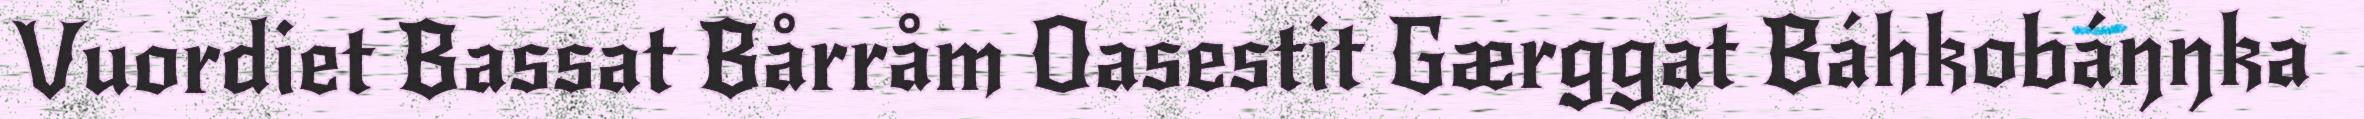
Vuordiet Bassat Bårråm Oasestit Gærggat Báhkobáŋŋka